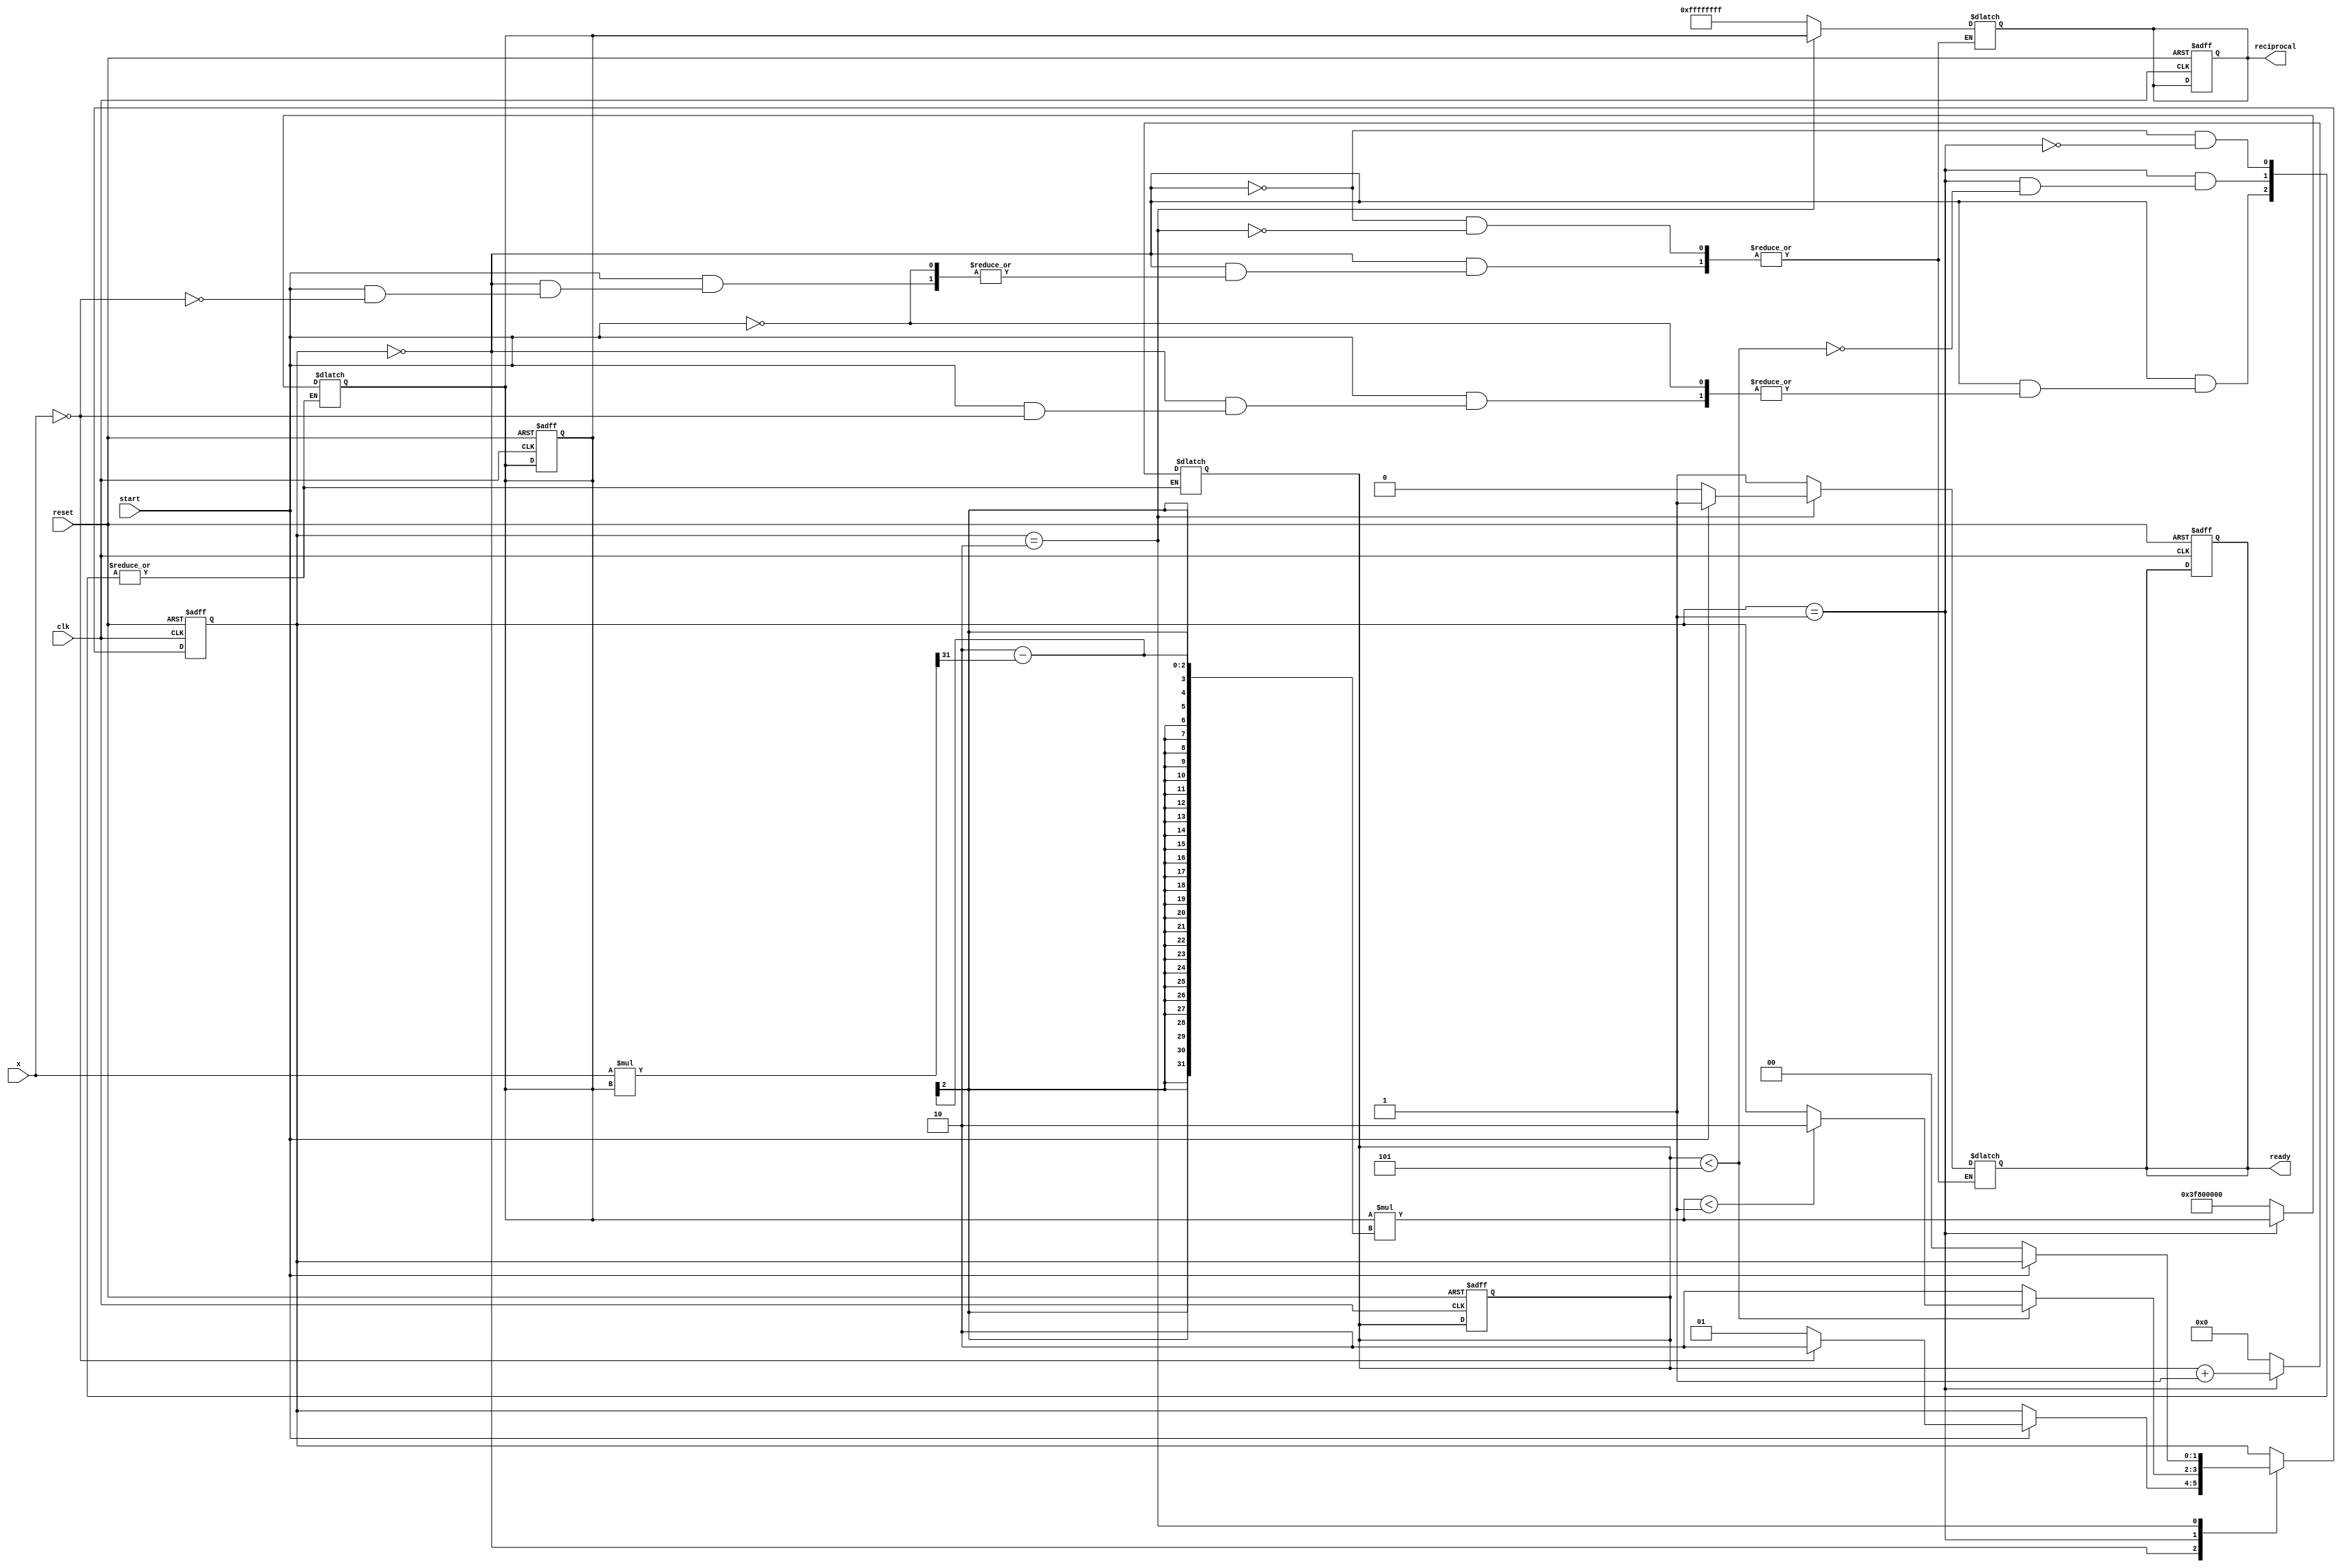
module newton_raphson_reciprocal (
    input wire [31:0] x,         // Input value (fixed-point representation)
    input wire start,            // Start signal
    input wire clk,              // Clock signal
    input wire reset,            // Reset signal
    output reg [31:0] reciprocal, // Computed reciprocal
    output reg ready             // Output valid signal
);

    // Internal registers
    reg [31:0] estimate;         // Current estimate of the reciprocal
    reg [4:0] iteration_count;   // Iteration counter
    reg error_flag;              // Error flag for convergence
    reg [31:0] threshold = 32'h00000001; // Convergence threshold (adjust as needed)

    // State definitions
    localparam IDLE = 2'b00, 
               COMPUTE = 2'b01, 
               DONE = 2'b10;
    reg [1:0] state, next_state;

    // Initial estimate (1/x) or a fixed value (1)
    initial begin
        estimate = 32'h00000000; // Initialize estimate
        reciprocal = 32'h00000000; // Initialize output
        ready = 0; // Initialize ready signal
        iteration_count = 0; // Initialize iteration count
        error_flag = 0; // Initialize error flag
        state = IDLE; // Start in IDLE state
    end

    // State transition logic
    always @(posedge clk or posedge reset) begin
        if (reset) begin
            state <= IDLE;
            estimate <= 32'h00000000;
            reciprocal <= 32'h00000000;
            ready <= 0;
            iteration_count <= 0;
            error_flag <= 0;
        end else begin
            state <= next_state;
        end
    end

    // Next state logic
    always @(*) begin
        next_state = state;
        case (state)
            IDLE: begin
                if (start) begin
                    if (x == 32'h00000000) begin
                        // Handle zero input
                        reciprocal = 32'hFFFFFFFF; // Return infinity or error
                        ready = 1;
                        error_flag = 1;
                        next_state = DONE;
                    end else begin
                        // Initialize estimate
                        estimate = 32'h3F800000; // Initial guess (1.0 in IEEE 754)
                        iteration_count = 0;
                        error_flag = 0;
                        next_state = COMPUTE;
                    end
                end
            end
            COMPUTE: begin
                if (iteration_count < 5) begin // Limit to 5 iterations
                    // Newton-Raphson iteration
                    estimate = estimate * (32'h00000002 - (x * estimate >> 31)); // y_n = y_n * (2 - x * y_n)
                    iteration_count = iteration_count + 1;

                    // Check for convergence
                    if (estimate < threshold) begin
                        next_state = DONE;
                    end
                end else begin
                    // Max iterations reached
                    next_state = DONE;
                end
            end
            DONE: begin
                reciprocal = estimate; // Final estimate
                ready = 1; // Set ready signal
                if (!start) begin
                    next_state = IDLE; // Go back to IDLE if start is not asserted
                    ready = 0; // Reset ready signal
                end
            end
        endcase
    end

endmodule